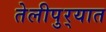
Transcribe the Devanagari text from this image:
तेलीपुर्‍यात